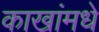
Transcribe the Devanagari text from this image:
काखांमधे